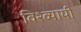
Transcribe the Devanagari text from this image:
विश्व्यायी